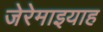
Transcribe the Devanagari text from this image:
जेरेमाइयाह